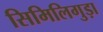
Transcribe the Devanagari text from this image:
सिमिलिगुड़ा